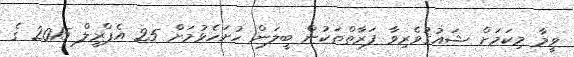
ވީމާ މިކަމަށް ޝައުޤުވެރިވާ ފަރާތްތަކުން ބީލަން ހުށަހެޅުމަށް 25 އެޕްރީލް 2015 ގެ